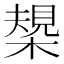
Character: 槼